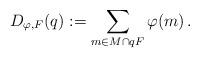
LaTeX: \begin{align*}D_{\varphi ,F} (q) := \sum_{m\in M\cap qF} \varphi (m) \, .\end{align*}